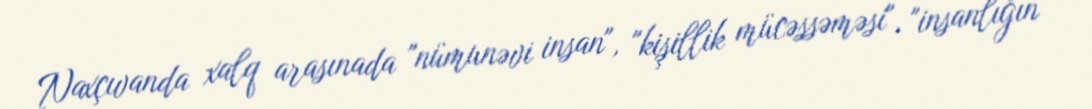
Naxçıvanda xalq arasınada "nümunəvi insan", "kişillik mücəssəməsi", "insanlığın